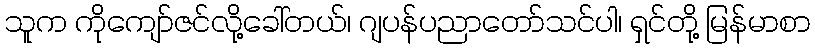
သူက ကိုကျော်ဇင်လို့ခေါ်တယ်၊ ဂျပန်ပညာတော်သင်ပါ၊ ရှင်တို့ မြန်မာစာ